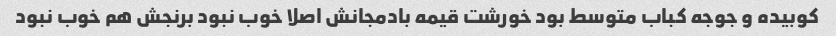
کوبیده و جوجه کباب متوسط بود خورشت قیمه بادمجانش اصلا خوب نبود برنجش هم خوب نبود